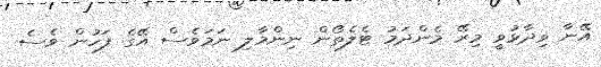
އޭނާ ވިދާޅުވީ މިރޭ މެންދަމު ޓެލެތޯން ނިންމާލި ނަމަވެސް އޭގެ ފަހުން ވެސެ